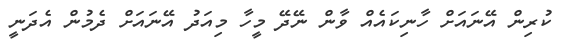
ކުރިން އޭނައަށް ހާނިކައެއް ވާން ނޭދޭ މީހާ މިއަދު އޭނައަށް ދެމުން އެދަނީ